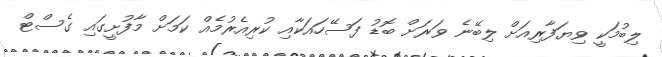
ލިބުމަކީ ވިޔަފާރިއަށް ލިބޭނެ ވަރަށް ބޮޑު ފަސޭހައަކާއި ކުރިއެރުމެއް ކަމަށް މާފުށީގައި ގެސްޓް